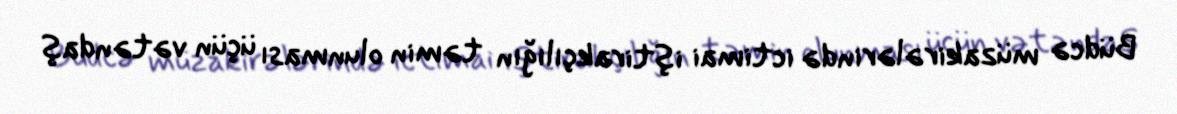
Büdcə müzakirələrində ictimai iştirakçılığın təmin olunması üçün vətəndaş